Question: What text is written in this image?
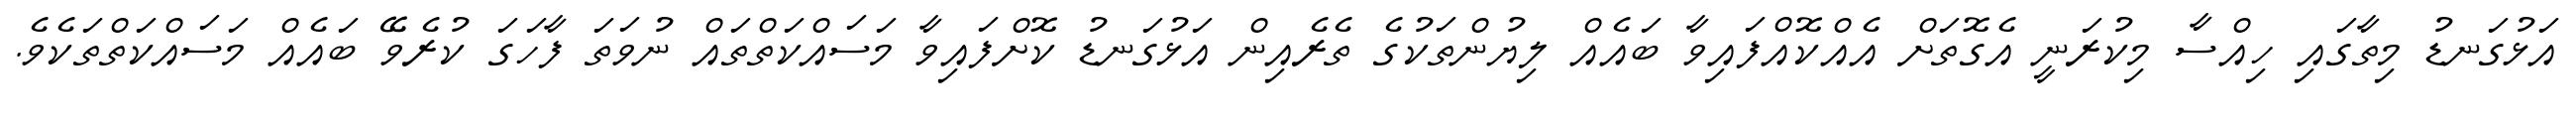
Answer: އަޅުގަނޑު މިތާގައި ހިއްސާ މިކުރަނީ އެގޮތަށް އެއްކޮއްފައިވާ ބައެއް ލިޔުންތަކުގެ ތެރެއިން އަޅުގަނޑު ކޮށްފައިވާ މަސައްކަތްތައް ނުވަތަ ފާހަގަ ކުރެވޭ ބައެއް މަސައްކަތްތަކެވެ.